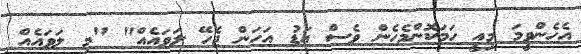
އެހެންވީމަ މިއީ ހަމަކޮންމެހެން ވެސް އަޑު އަހަން ޖެހޭ ލަވައެއް" "މި ލަވައެއް